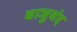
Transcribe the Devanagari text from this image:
बाजुबंद